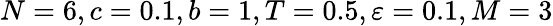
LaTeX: N=6,c=0.1,b=1,T=0.5,\varepsilon=0.1,M=3